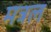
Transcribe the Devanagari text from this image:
मत्रल